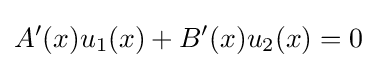
A'(x)u_{1}(x)+B'(x)u_{2}(x)=0